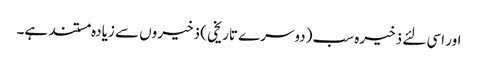
اور اسی لئے ذخیرہ سب (دوسرے تاریخی ) ذخیروں سے زیادہ مستند ہے۔